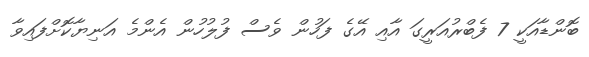
ބޮންޑާއަކީ 7 ފެބްރުއަރީގަ އާއި އޭގެ ފަހުން ވެސް ފުލުހުން އެންމެ އަނިޔާކޮށްފައިވާ